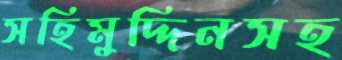
সহিমুদ্দিনসহ